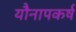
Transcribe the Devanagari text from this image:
यौनापकर्ष